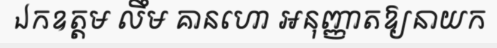
ឯកឧត្តម លឹម គានហោ អនុញ្ញាតឱ្យនាយក